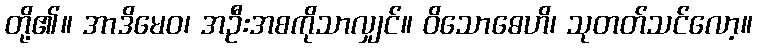
တို့၏။ အာဒိမေဝ၊ အဦးအစကိုသာလျှင်။ ဝိသောဓေဟိ၊ သုတတ်သင်လော့။